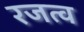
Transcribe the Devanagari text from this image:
रजत्व